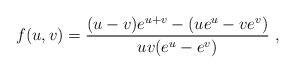
\begin{align*}f(u,v)={(u-v)e^{u+v}-(ue^u-ve^v)\over uv(e^u-e^v)} \ ,\end{align*}